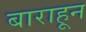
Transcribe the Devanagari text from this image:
बाराहून